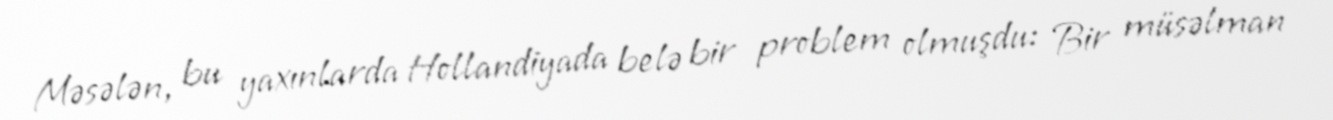
Məsələn, bu yaxınlarda Hollandiyada belə bir problem olmuşdu: Bir müsəlman